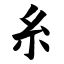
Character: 糸